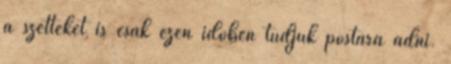
a szetteket is csak ezen időben tudjuk postára adni.